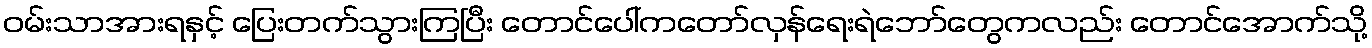
ဝမ်းသာအားရနှင့် ပြေးတက်သွားကြပြီး တောင်ပေါ်ကတော်လှန်ရေးရဲဘော်တွေကလည်း တောင်အောက်သို့